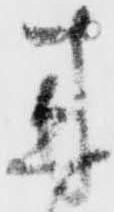
来